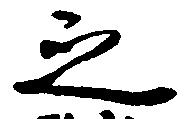
之